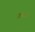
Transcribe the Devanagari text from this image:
जलपद